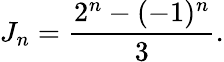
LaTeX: J_{n}={\frac{2^{n}-(-1)^{n}}{3}}.